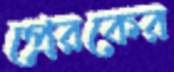
প্রেরকের